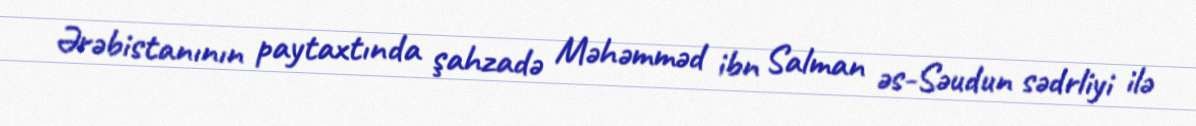
Ərəbistanının paytaxtında şahzadə Məhəmməd ibn Salman əs-Səudun sədrliyi ilə